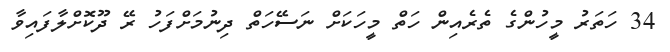
34 ހަތަރު މީހުންގެ ތެރެއިން ހަތް މީހަކަށް ނަސޭހަތް ދިނުމަށްފަހު ރޭ ދޫކޮށްލާފައިވާ